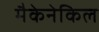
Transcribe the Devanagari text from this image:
मैकेनेकिल